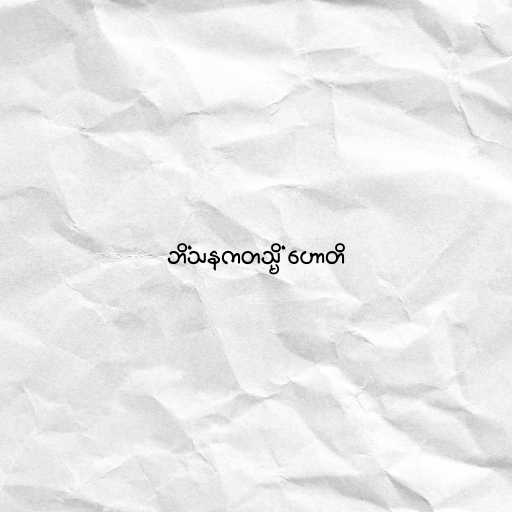
ဘိံသနကတသ္မိံ ဟောတိ